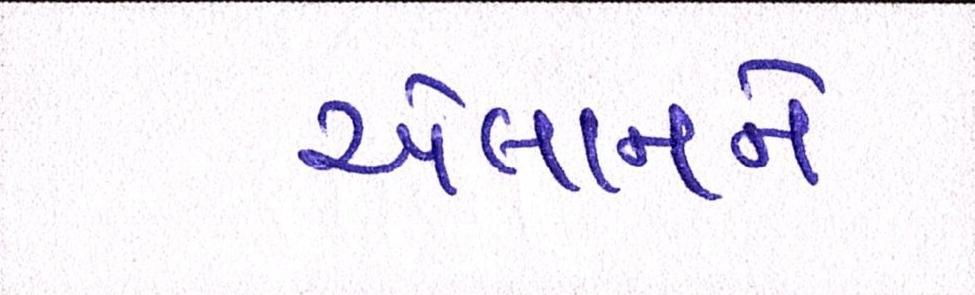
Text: એલાનને